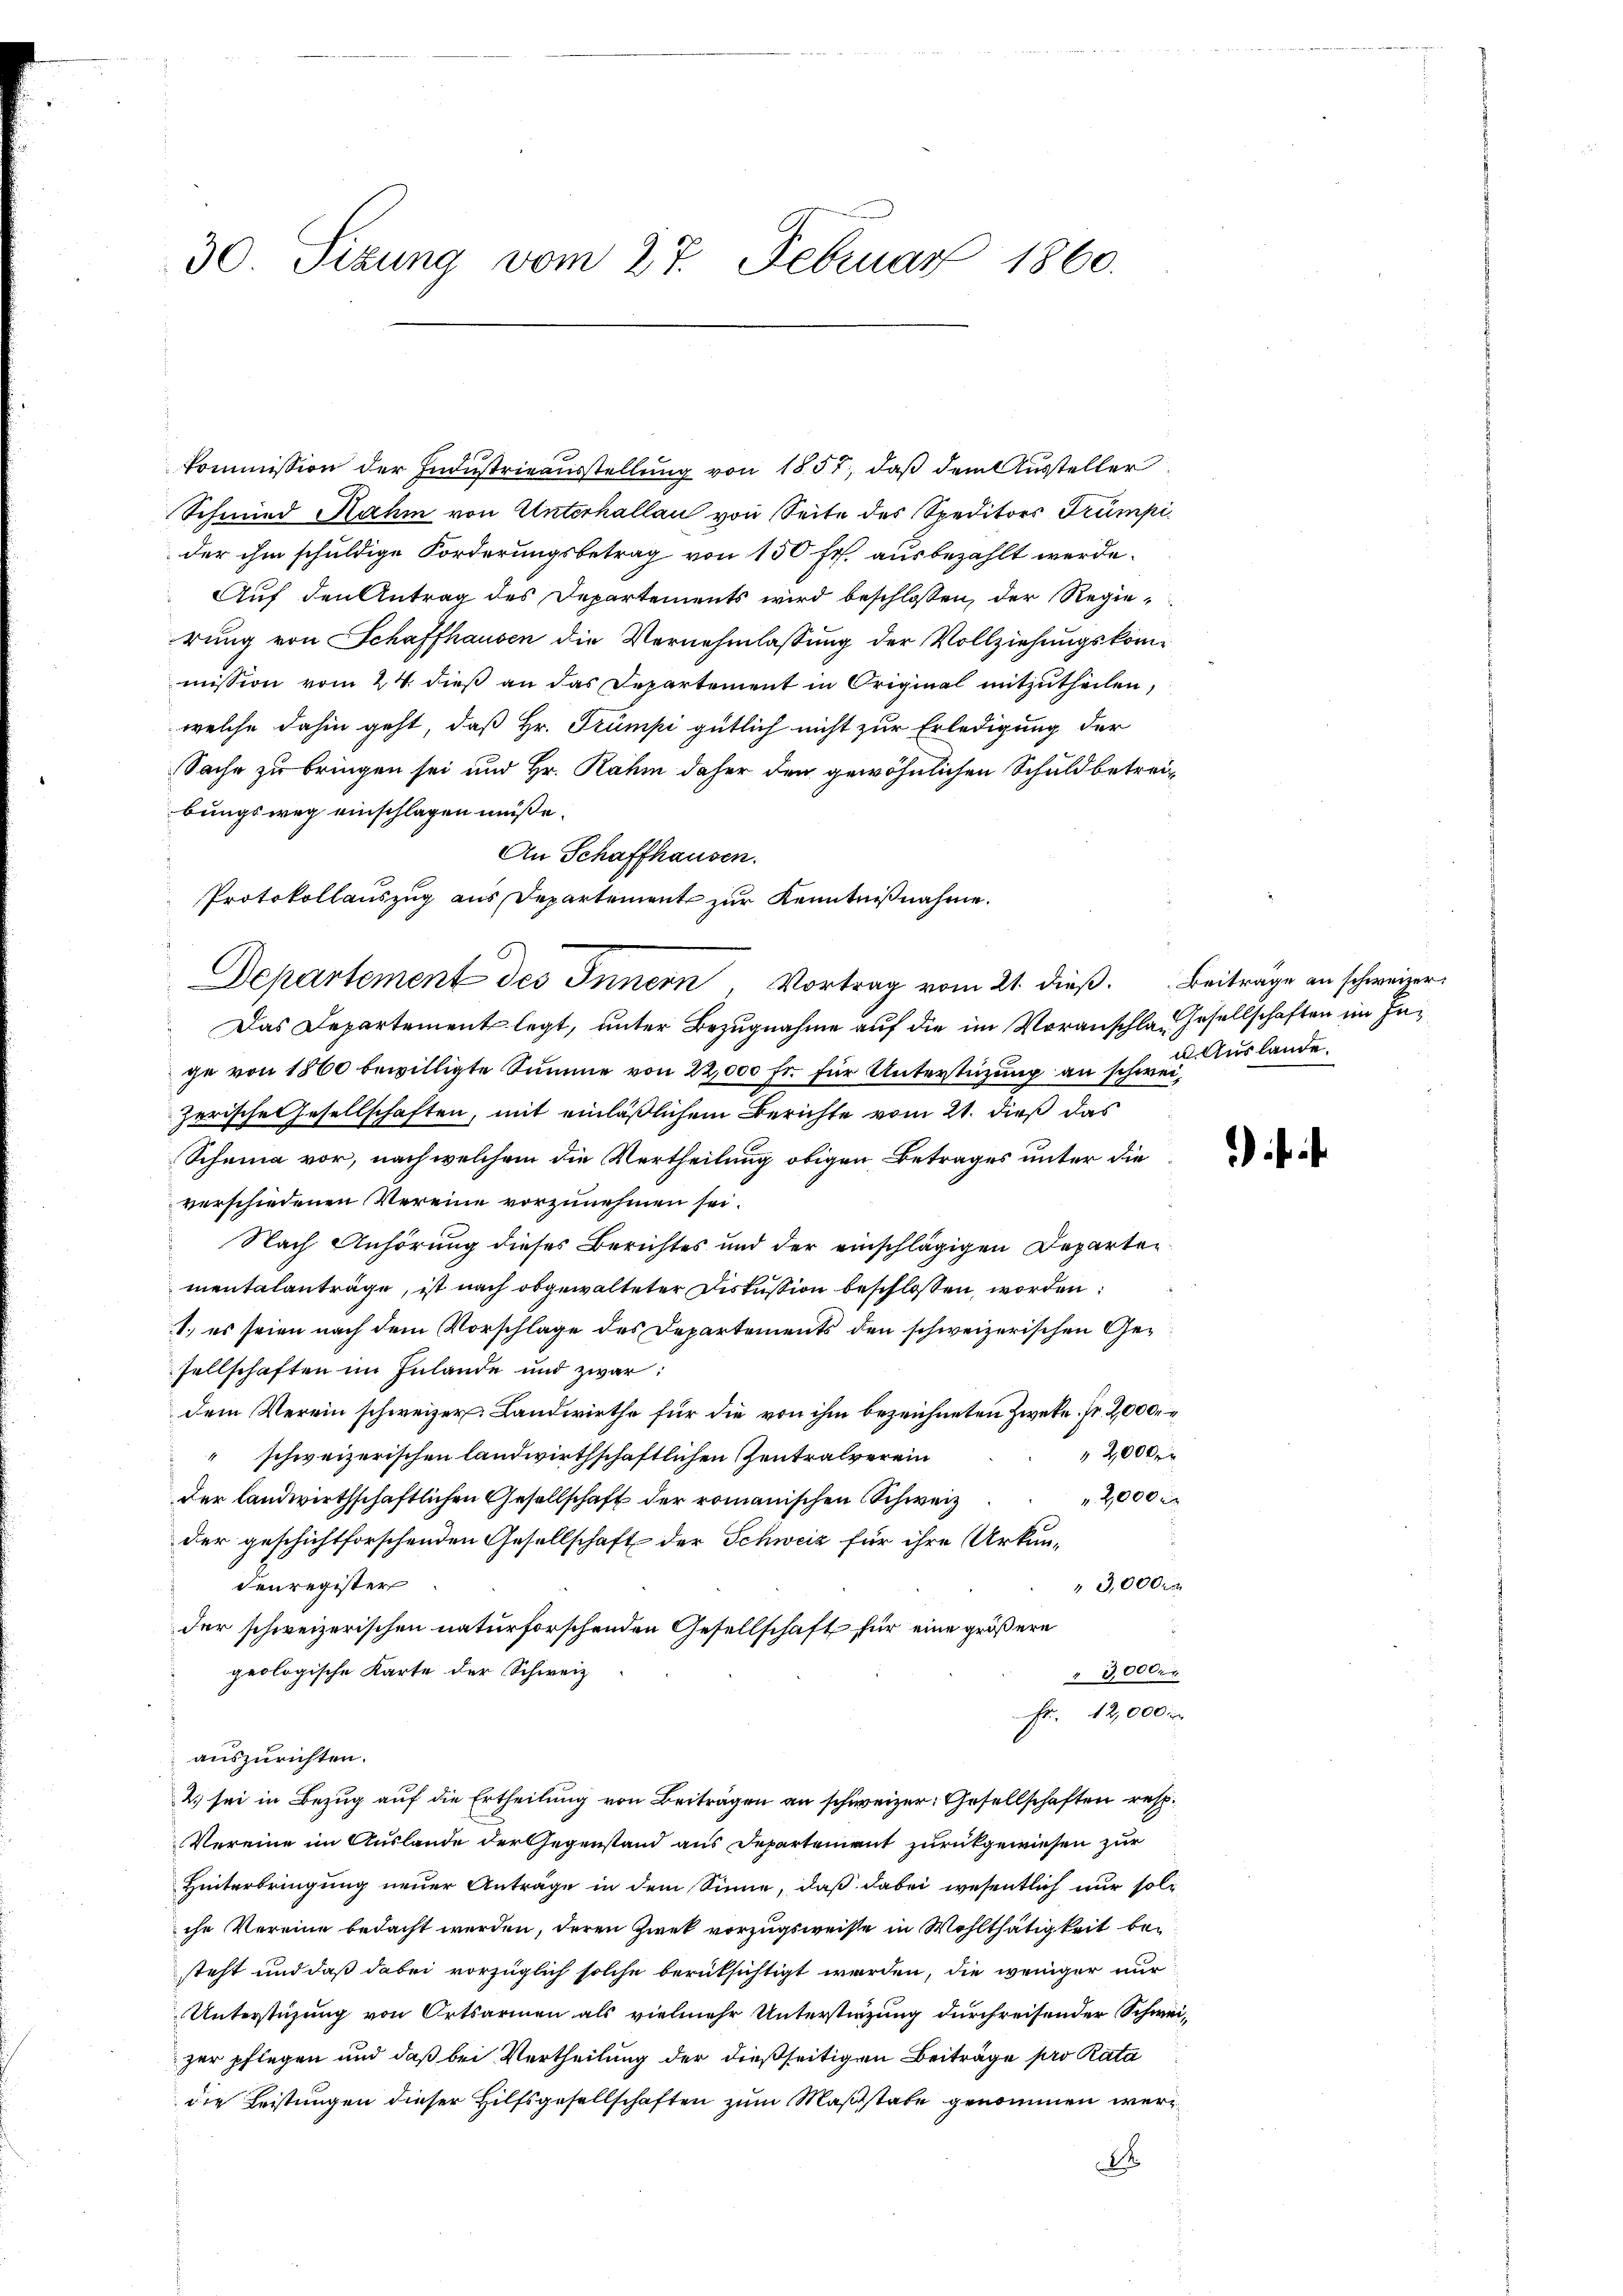
30. Sizung vom 27. Februar 1860.

Commission der Industrieausstellung von 1857, daß dem Aussteller
Schmied Rahm von Unterhallau von Seite des Speditors Trumpider ihm schuldige Forderungsbetrag von 150 fr. ausbezahlt werde.
Auf den Antrag des Departements wird beschlossen, der Regie
rung von Schaffhausen die Vernehmlassung der Vollziehungskommission vom 24. dieß an das Departement in Original mitzutheilen,
welche dahin geht, daß Hr. Trümpi gütlich nicht zur Erledigung der
Sache zu bringen sei und Hr. Rahm daher den gewöhnlichen Schuld betreibungsweg einschlagen müße.
An Schaffhausen.
Departement des Innern, Vortrag vom 21. dieß. Beitrage an schweizer
Das Departement legt, unter Bezugnahme auf die im Voranschlag Gesellschaften im Inge von 1860 bewilligte Summe von 22,000 fr. für Unterstüzung an schweizerische Gesellschaften, mit einläßlichem Berichte vom 21. dieß das
Scheina vor, nach welchem die Vertheilung obigen Betrages unter die
verschiedenen Vereine vorzunehmen sei.
Nach Anhörung dieses Berichtes und der einschlägigen Departen
mentalanträge, ist nach obgewalteter Diskussion beschlossen, worden:
1.) es seien nach dem Vorschlage des Departements den schweizerischen Gesellschaften im Inlande und zwar:
dem Verein schweizer. Landwirthe für die von ihm bezeichneten Zweke, Fr. 2,000.
2000
 schweizerischen landwirthschaftlichen Zentralverein
2,000 r
der landwirthschaftlichen Gesellschaft der romanischen Schweiz
der geschichtforschenden Gesellschaft der Schweiz für ihre Urkun¬
3,000 r
denregister
der schweizerischen naturforschenden Gesellschaft für eine größere
geologische Karte der Schweiz
" 30000
Fr. 12,000
auszurichten.
2. sei in Bezug auf die Ertheilung von Beiträgen an schweizer. Gesellschaften resp.
Vereine im Auslande der Gegenstand aus Departement zurückgewiesen zur
Hinterbringung neuer Anträge in dem Sinne, daß dabei wesentlich nur solche Vereine bedacht werden, deren Zwek vorzugsweise in Wohlthätigkeit besteht und daß dabei vorzüglich solche berüksichtigt werden, die weniger nur
Unterstüzung von Ortsarmen als vielmehr Unterstürzung durchreisender Schweizer pflegen und daß bei Vertheilung der dießseitigen Beiträge pro Kata
die Leistungen dieser Hilfsgesellschaften zum Maßstabe genommen wer¬
2

Protokollauszug aus Departement zur Kenntnißnahme.

u. Auslande.